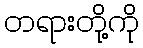
တရားတို့ကို